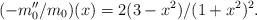
LaTeX: \begin{align*}(-m_0''/m_0)(x)=2(3-x^2)/(1+x^2)^2.\end{align*}